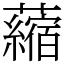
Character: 𧃴